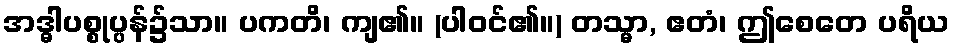
အဒ္ဓါပစ္စုပ္ပန်၌သာ။ ပကတိ၊ ကျ၏။ (ပါဝင်၏။) တသ္မာ, ဧတံ၊ ဤစေတေ ပရိယ